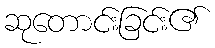
ဆုတောင်းခြင်း၏